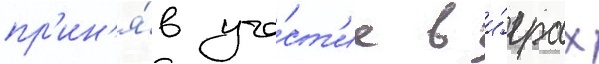
пр'ин'я́в уча́ст'ие в и́грах